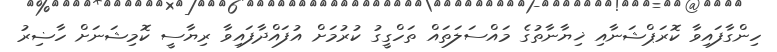
ހިންގާފައިވާ ކޮރަޕްޝަނާއި ޚިޔާނާތުގެ މައްސަލަތައް ތަހްގީގު ކުރުމަށް އުފައްދާފައިވާ ރިޔާސީ ކޮމިޝަނަށް ހާޟިރު